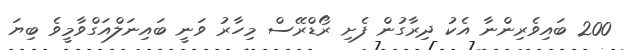
200 ބައިވެރިންނާ އެކު ދިރާގުން ފެށި ރޯޑްރޭސް މިހާރު ވަނީ ބައިނަލްއަގްވާމީވެ ބިޔަ